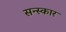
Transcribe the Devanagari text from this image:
सन्स्कार